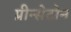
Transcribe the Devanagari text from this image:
प्रीन्सेटोन